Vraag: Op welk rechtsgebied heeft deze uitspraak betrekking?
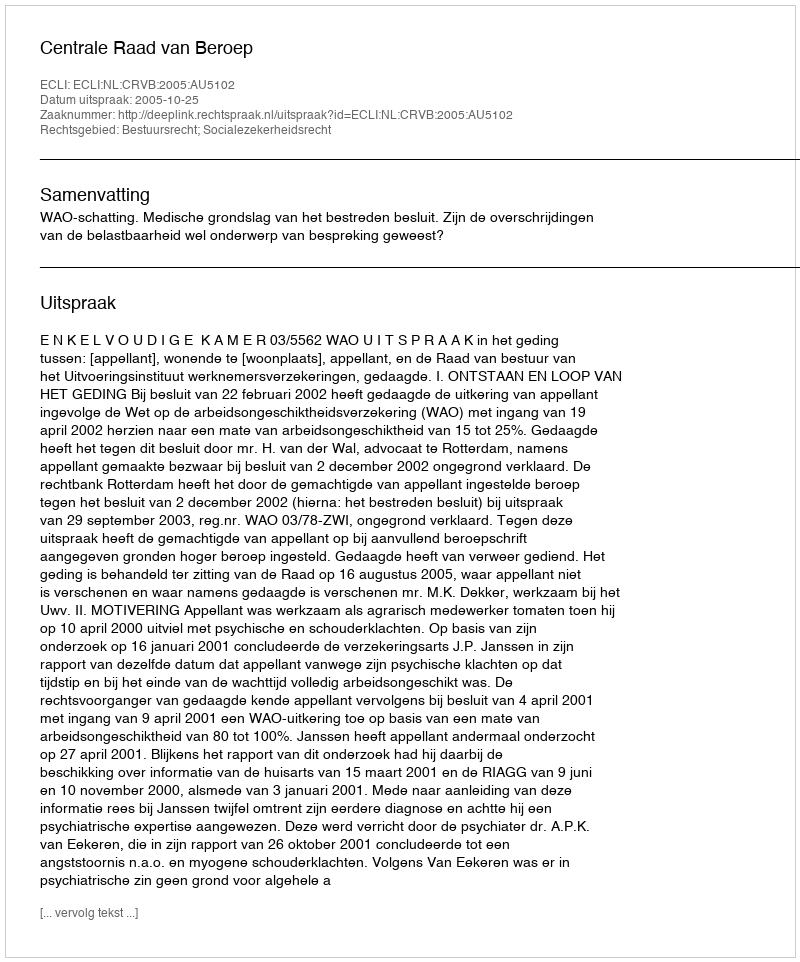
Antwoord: Bestuursrecht; Socialezekerheidsrecht